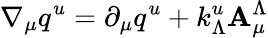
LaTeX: \nabla_{\mu}q^{u}=\partial_{\mu}q^{u}+k_{\Lambda}^{u}\mathbf{A}_{\mu}^{\Lambda}